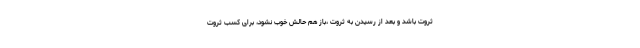
ثروت باشد و بعد از رسیدن به ثروت ،باز هم حالش خوب نشود، برای کسب ثروت